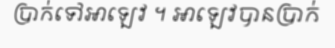
ប្រាក់ទៅអាឡេវ ។ អាឡេវបានប្រាក់